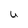
Character: U